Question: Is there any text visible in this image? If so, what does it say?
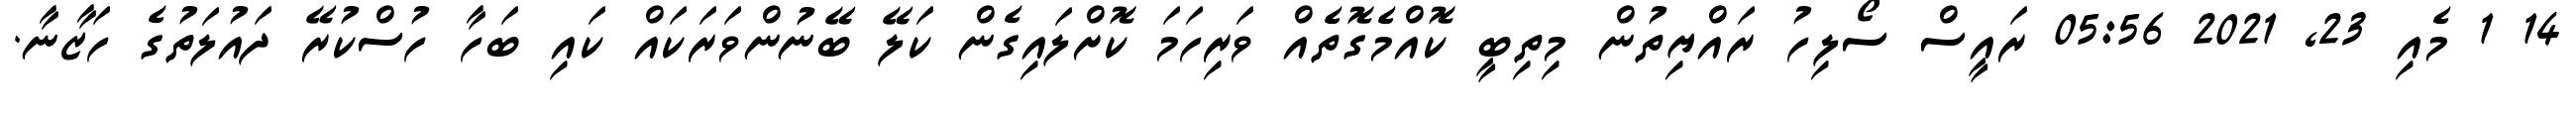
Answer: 14 1 މެއި 23, 2021 05:56 ރައީސް ސޯލިހު ރައްޔިތުން މިތިބީ ކޮއްމެގޮތެއް ވަރިހަމަ ކޮށްލައިގެން ކަލޭ ބޭނުންވަރަކައް ކައި ބަހާ ހުސްކުރޭ ދައުލަތުގެ ހަޒާނާ.